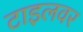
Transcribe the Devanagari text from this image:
टाइलवर